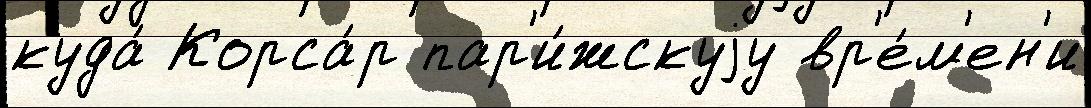
куда́ Корса́р пар'и́жскуjу вр'е́м'ен'и